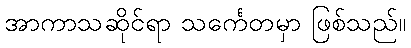
အာကာသဆိုင်ရာ သင်္ကေတမှာ ဖြစ်သည်။